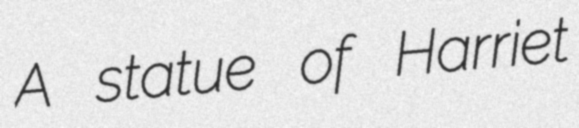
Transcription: A statue of Harriet